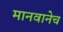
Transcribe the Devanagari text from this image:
मानवानेच